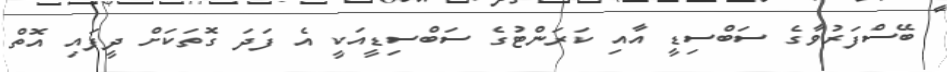
ބޭސްފަރުވާގެ ސަބްސިޑީ އާއި ކަރަންޓުގެ ސަބްސިޑީއަކީ އެ ފަދަ ގޮތަކަށް ދީފައި އޮތް